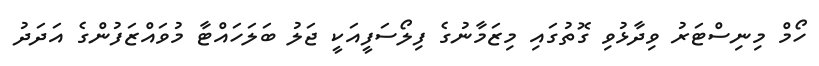
ހޯމް މިނިސްޓަރު ވިދާޅުވި ގޮތުގައި މިޒަމާނުގެ ފިލޯސަފީއަކީ ޖަލު ބަލަހައްޓާ މުވައްޒަފުންގެ އަދަދު